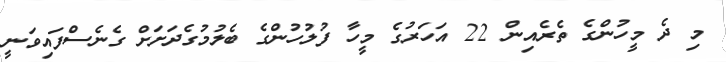
މި ދެ މީހުންގެ ތެރެއިން 22 އަހަރުގެ މީހާ ފުލުހުންގެ ބެލުމުގެދަށަށް ގެނެސްފައިވަނީ